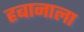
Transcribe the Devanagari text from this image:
हबानाला